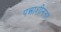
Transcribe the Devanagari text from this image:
पन्नाशीनंतर